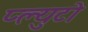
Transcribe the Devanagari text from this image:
प्ल्युटो